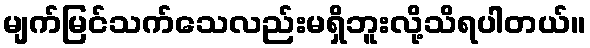
မျက်မြင်သက်သေလည်းမရှိဘူးလို့သိရပါတယ်။